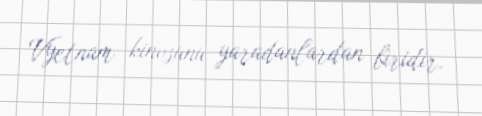
Vyetnam kinosunu yaradanlardan biridir.